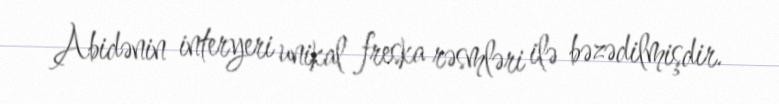
Abidənin interyeri unikal freska rəsmləri ilə bəzədilmişdir.